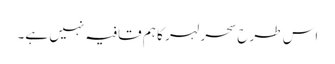
اس طرح سحر لہر کا ہم قافیہ نہیں ہے۔